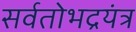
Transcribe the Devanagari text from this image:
सर्वतोभद्रयंत्र